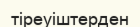
тіреуіштерден